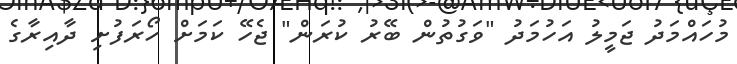
މުހައްމަދު ޖަމީލު އަހުމަދު "ވަގުތުން ބޭރު ކުރަން" ޖެހޭ ކަމަށް ހޯރަފުށި ދާއިރާގެ